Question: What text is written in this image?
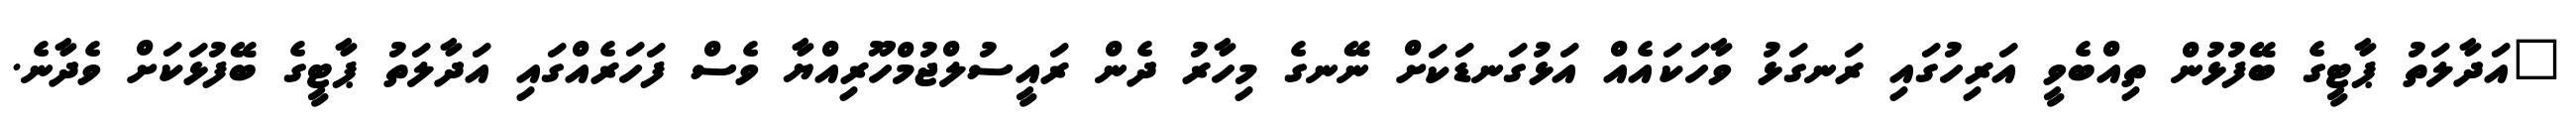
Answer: "އަދާލަތު ޕާޓީގެ ބޭފުޅުން ތިއްބެވީ އަރިހުގައި ރަނގަޅު ވާހަކައެއް އަޅުގަނޑަކަށް ނޭނގެ މިހާރު ދެން ރައީސުލްޖުމްހޫރިއްޔާ ވެސް ފަހަރެއްގައި އަދާލަތު ޕާޓީގެ ބޭފުޅަކަށް ވެދާނެ.